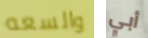
والسعه أبي